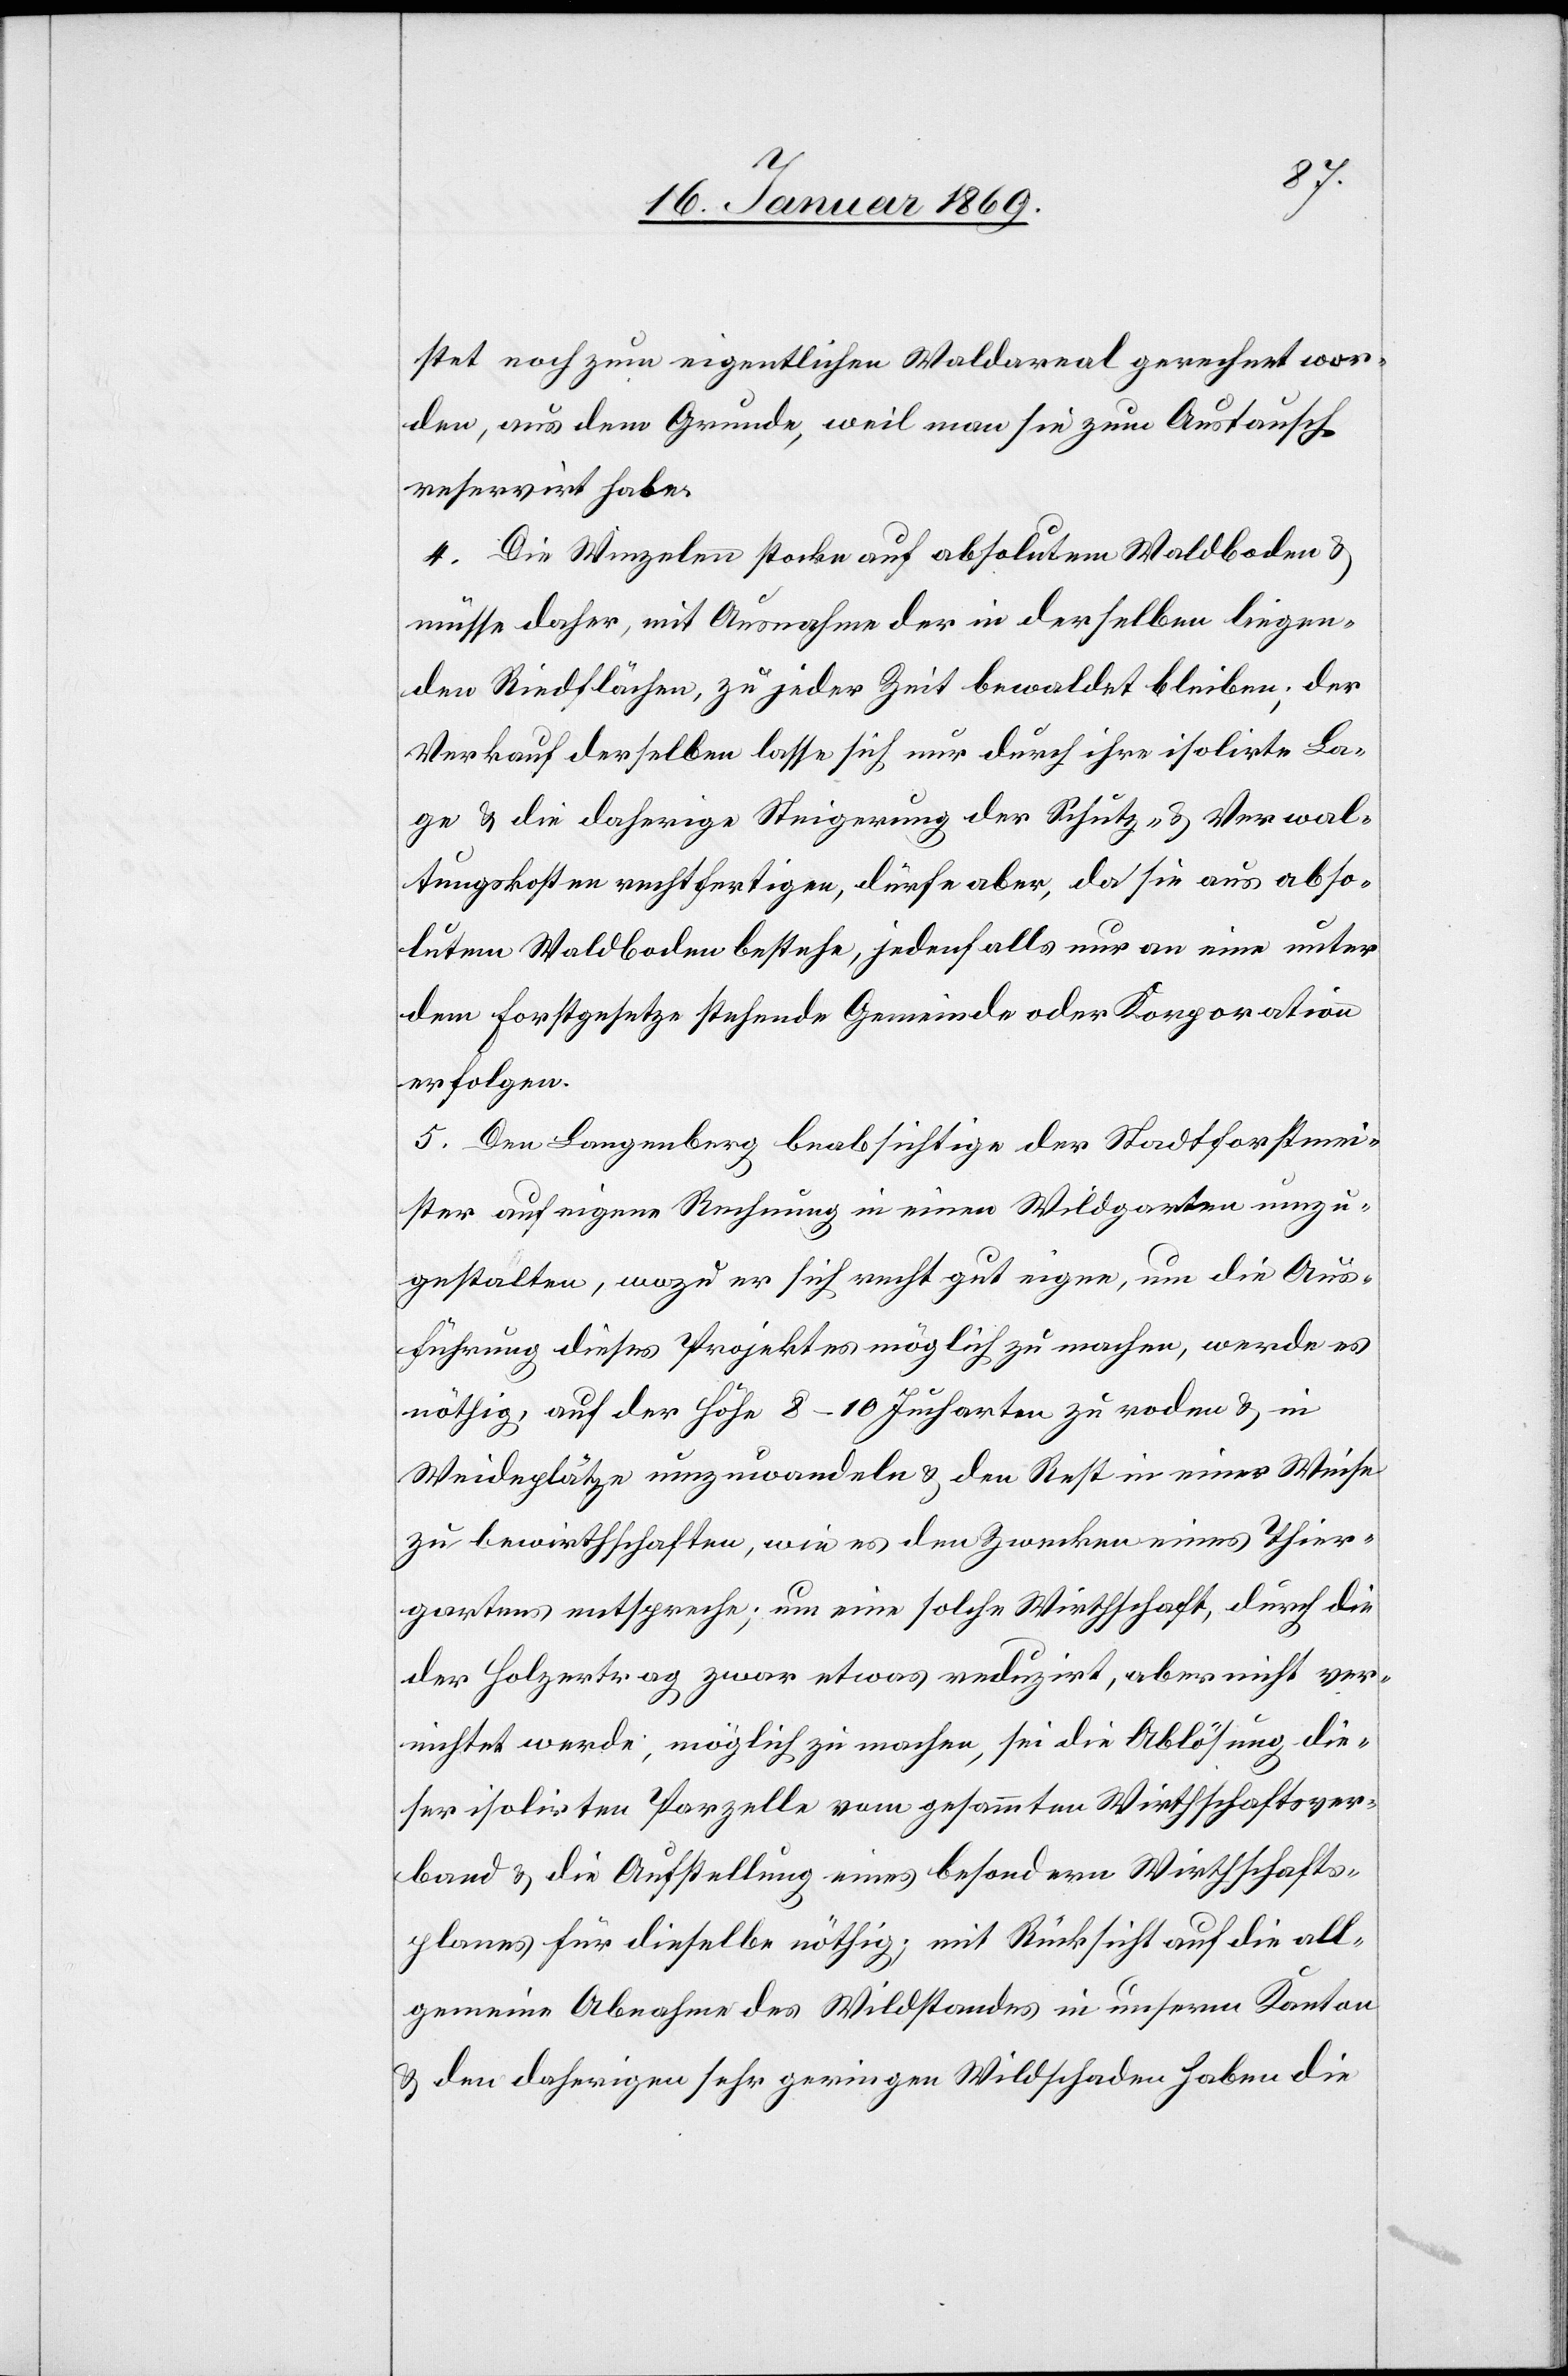
stet noch zum eigenthlichen Waldareal gerechnet wor¬
den, aus dem Grunde, weil man sie zum Austausch
reservirt habe.
4. Die Winzelen stocke auf absolutem Waldboden u.
müsse daher, mit Ausnahme der in derselben liegen¬
den Riedflächen, zu jeder Zeit bewaldet bleiben; der
Verkauf derselben lasse sich nur durch ihre isolirte La¬
ge u. die daherige Steigerung der Schutz- u. Verwal¬
tungskosten rechtfertigen, dürfe aber, da sie aus abso¬
lutem Waldboden bestehe, jedenfalls nur an eine unter
dem Forstgesetze stehende Gemeinde oder Korporation
erfolgen.
5. Den Langenberg beabsichtige der Stadtforstmei¬
ster auf eigene Rechnung in einen Waldgarten umzu¬
gestalten, wozu er sich nicht gut eigne, um die Aus¬
führung dieses Projektes möglich zu machen, werde es
nöthig, auf der Höhe 8–10 Jucharten zu roden u. in
Weideplätze umzuwandeln u. den Rest in einer Wiese
zu bewirthschaften, wie es den Zwecken eines Thier¬
gartens entspreche; um eine solche Wirthschaft, durch die
der Holzertrag zwar etwas reduzirt, aber nicht ver¬
nichtet werde, möglich zu machen, sei die Ablösung die¬
ser isolirten Parzelle vom gesammten Wirthschaftsver¬
band u. die Aufstellung eines besondern Wirthschafts¬
planes für dieselbe nöthig; mit Rücksicht auf die all¬
gemeine Abnahme des Wildstandes in unserm Kanton
u. den daherigen sehr geringen Wildschaden haben die